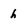
Character: h